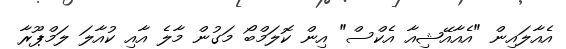
އެއާލައިން "އެއާއޭޝިއާ އެކްސް" އިން ކޮލަމްބޯ މަގުން މާލެ އާއި ކުއާލަ ލަމްޕޫރާ